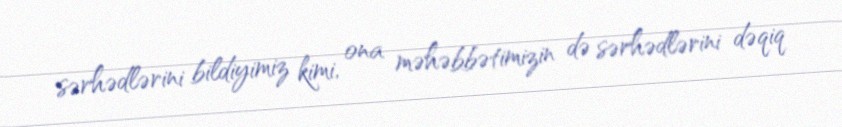
sərhədlərini bildiyimiz kimi, ona məhəbbətimizin də sərhədlərini dəqiq